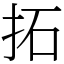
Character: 拓